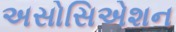
અસોસિએશન